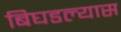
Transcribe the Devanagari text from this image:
बिघडल्यास